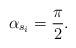
LaTeX: \begin{align*}\alpha_{s_i} = \frac{\pi}{2}.\end{align*}